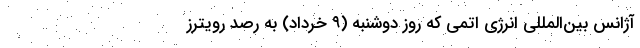
آژانس بین‌المللی انرژی اتمی که روز دوشنبه (۹ خرداد) به رصد رویترز